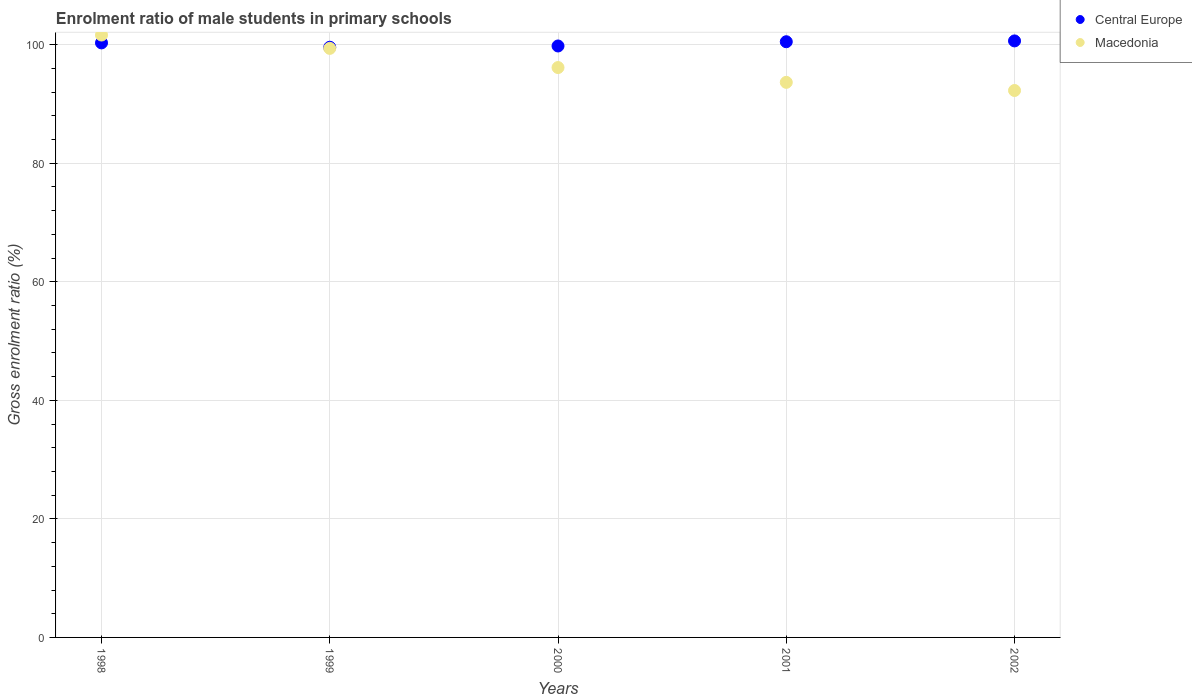
| Years | Central Europe | Macedonia |
 | --- | --- | --- |
 | 1998 | 100 | 102 |
 | 1999 | 99.6 | 99.4 |
 | 2000 | 99.8 | 96.1 |
 | 2001 | 101 | 93.7 |
 | 2002 | 101 | 92.3 |